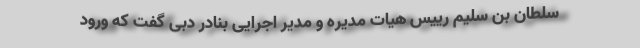
سلطان بن سلیم رییس هیات مدیره و مدیر اجرایی بنادر دبی گفت که ورود